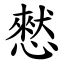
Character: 憖